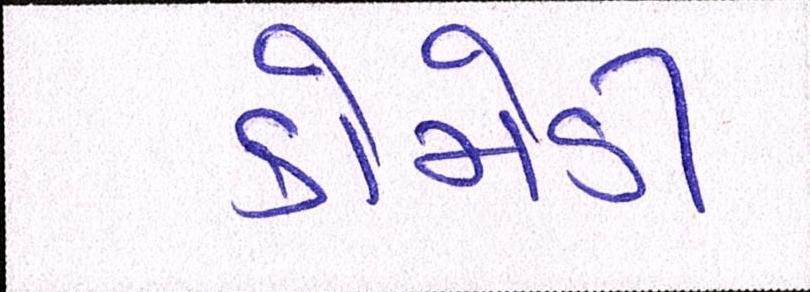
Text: કોમેડી